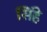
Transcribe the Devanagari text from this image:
सिंहे